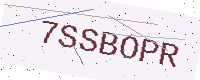
Text: 7SSBOPR